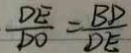
\frac { D E } { D O } = \frac { B D } { D E }